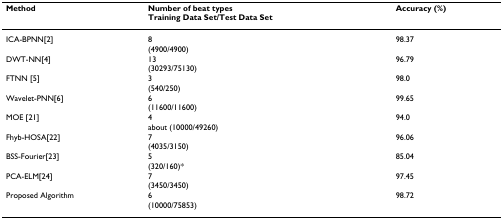
| Method | Number of beat typesTraining Data Set/Test Data Set | Accuracy (%) |
 | --- | --- | --- |
 | ICA-BPNN[2] | 8(4900/4900) | 98.37 |
 | DWT-NN[4] | 13(30293/75130) | 96.79 |
 | FTNN [5] | 3(540/250) | 98.0 |
 | Wavelet-PNN[6] | 6(11600/11600) | 99.65 |
 | MOE [21] | 4 about (10000/49260) | 94.0 |
 | Fhyb-HOSA[22] | 7(4035/3150) | 96.06 |
 | BSS-Fourier[23] | 5(320/160)* | 85.04 |
 | PCA-ELM[24] | 7(3450/3450) | 97.45 |
 | Proposed Algorithm | 6(10000/75853) | 98.72 |